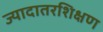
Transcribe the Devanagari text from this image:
ज्यादातरशिक्षण